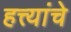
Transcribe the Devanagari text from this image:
हत्त्यांचे